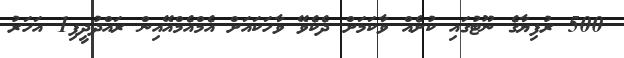
500 ރުފިޔާގެ ނޫޓުގައި ކުށެއް ވާކަމަށް ދެކެވޭ ވާހަކައަށް އެމްއެމްއޭއިން ރައްދުދީފި1 އަހަރު